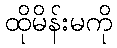
ထိုမိန်းမကို